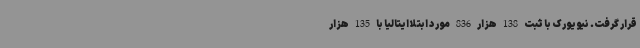
قرار گرفت. نیویورک با ثبت 138 هزار 836 مورد ابتلا ایتالیا با 135 هزار